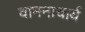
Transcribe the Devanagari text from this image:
वामनाचार्य